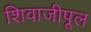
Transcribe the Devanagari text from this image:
शिवाजीपूल